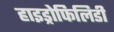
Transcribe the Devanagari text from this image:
हाइड्रोफिलिडी